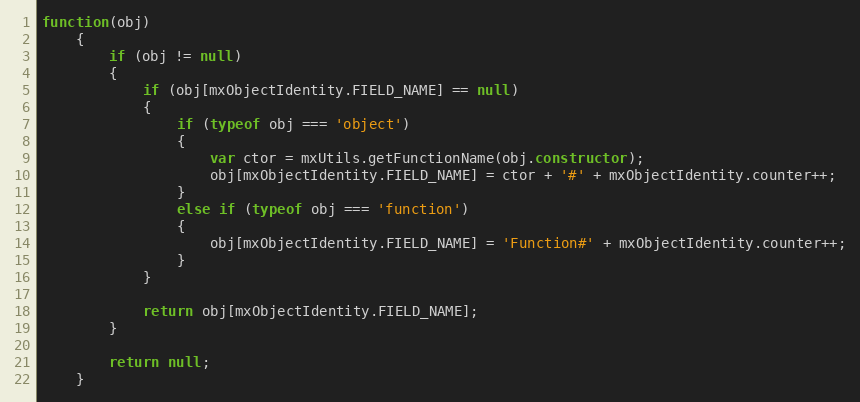
Language: JavaScript
function(obj)
	{
		if (obj != null)
		{
			if (obj[mxObjectIdentity.FIELD_NAME] == null)
			{
				if (typeof obj === 'object')
				{
					var ctor = mxUtils.getFunctionName(obj.constructor);
					obj[mxObjectIdentity.FIELD_NAME] = ctor + '#' + mxObjectIdentity.counter++;
				}
				else if (typeof obj === 'function')
				{
					obj[mxObjectIdentity.FIELD_NAME] = 'Function#' + mxObjectIdentity.counter++;
				}
			}

			return obj[mxObjectIdentity.FIELD_NAME];
		}

		return null;
	}